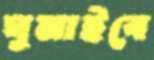
ঘুমাইবে